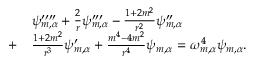
\begin{array} { r l } & { \psi _ { m , \alpha } ^ { \prime \prime \prime \prime } + \frac { 2 } { r } \psi _ { m , \alpha } ^ { \prime \prime \prime } - \frac { 1 + 2 m ^ { 2 } } { r ^ { 2 } } \psi _ { m , \alpha } ^ { \prime \prime } } \\ { + } & { \frac { 1 + 2 m ^ { 2 } } { r ^ { 3 } } \psi _ { m , \alpha } ^ { \prime } + \frac { m ^ { 4 } - 4 m ^ { 2 } } { r ^ { 4 } } \psi _ { m , \alpha } = \omega _ { m , \alpha } ^ { 4 } \psi _ { m , \alpha } . } \end{array}